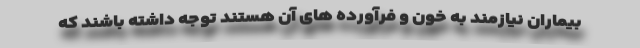
بیماران نیازمند به خون و فرآورده های آن هستند توجه داشته باشند که